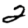
Digit: 2